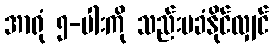
အာရုံ ၅-ပါးကို သည်းမခံနိုင်လျှင်